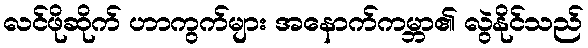
လင်ဖိုဆိုက် ဟာကွက်များ အနောက်ကမ္ဘာ၏ လွဲနိုင်သည်